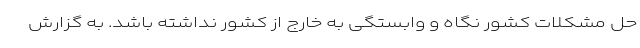
حل مشکلات کشور نگاه و وابستگی به خارج از کشور نداشته باشد. به گزارش